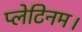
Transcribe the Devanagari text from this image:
प्लेटिनम।